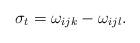
LaTeX: \begin{align*}\sigma_t=\omega_{ijk}-\omega_{ijl}.\end{align*}